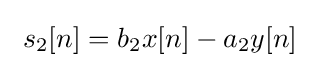
\ s_{2}[n]=b_{2}x[n]-a_{2}y[n]